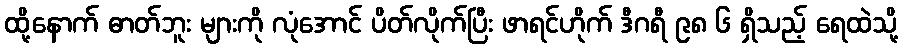
ထို့နောက် ဓာတ်ဘူး များကို လုံအောင် ပိတ်လိုက်ပြီး ဖာရင်ဟိုက် ဒီဂရီ ၉၈ ၆ ရှိသည့် ရေထဲသို့